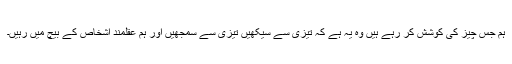
ہم جس چیز کى کوشش کر رہے ہیں وه یہ ہے کہ تیزى سے سیکهیں تیزى سے سمجهیں اور ہم عقلمند اشخاص کے بیچ میں رہیں۔